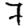
Digit: 7